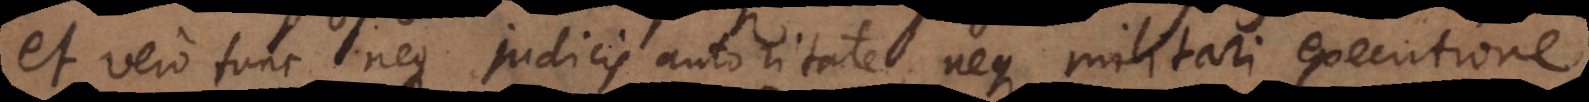
et vero tunc neque judicis autoritate, neque militari executione